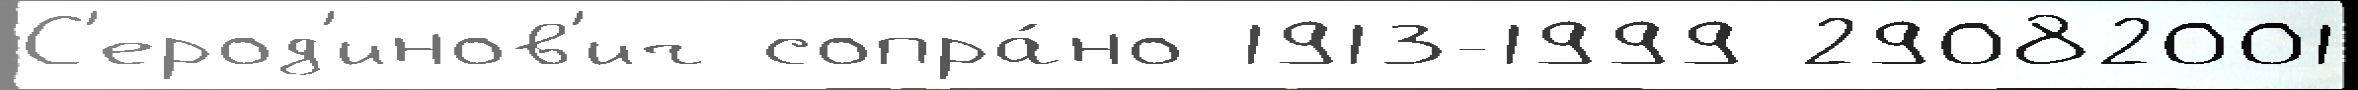
С'ерод'инов'ич сопра́но 1913-1999 29082001